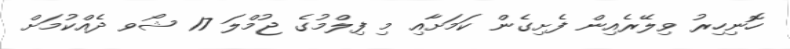
ހޮނިހިރު ވިލޭރެއިން ފެށިގެން ކަމަށާއި މި ފިލްމުގެ ޖުމްލަ 17 ޝޯވ ދެއްކުމަށް